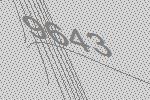
9643